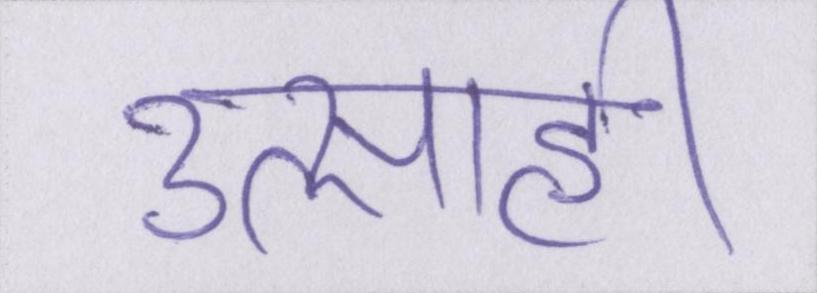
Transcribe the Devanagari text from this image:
उत्साही